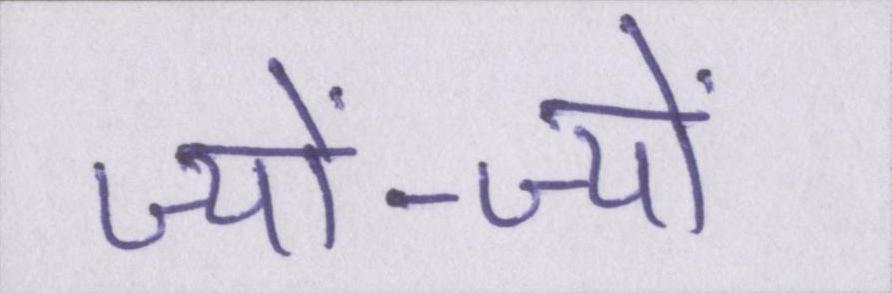
ज्यों-ज्यों